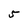
Character: 5